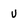
Character: v